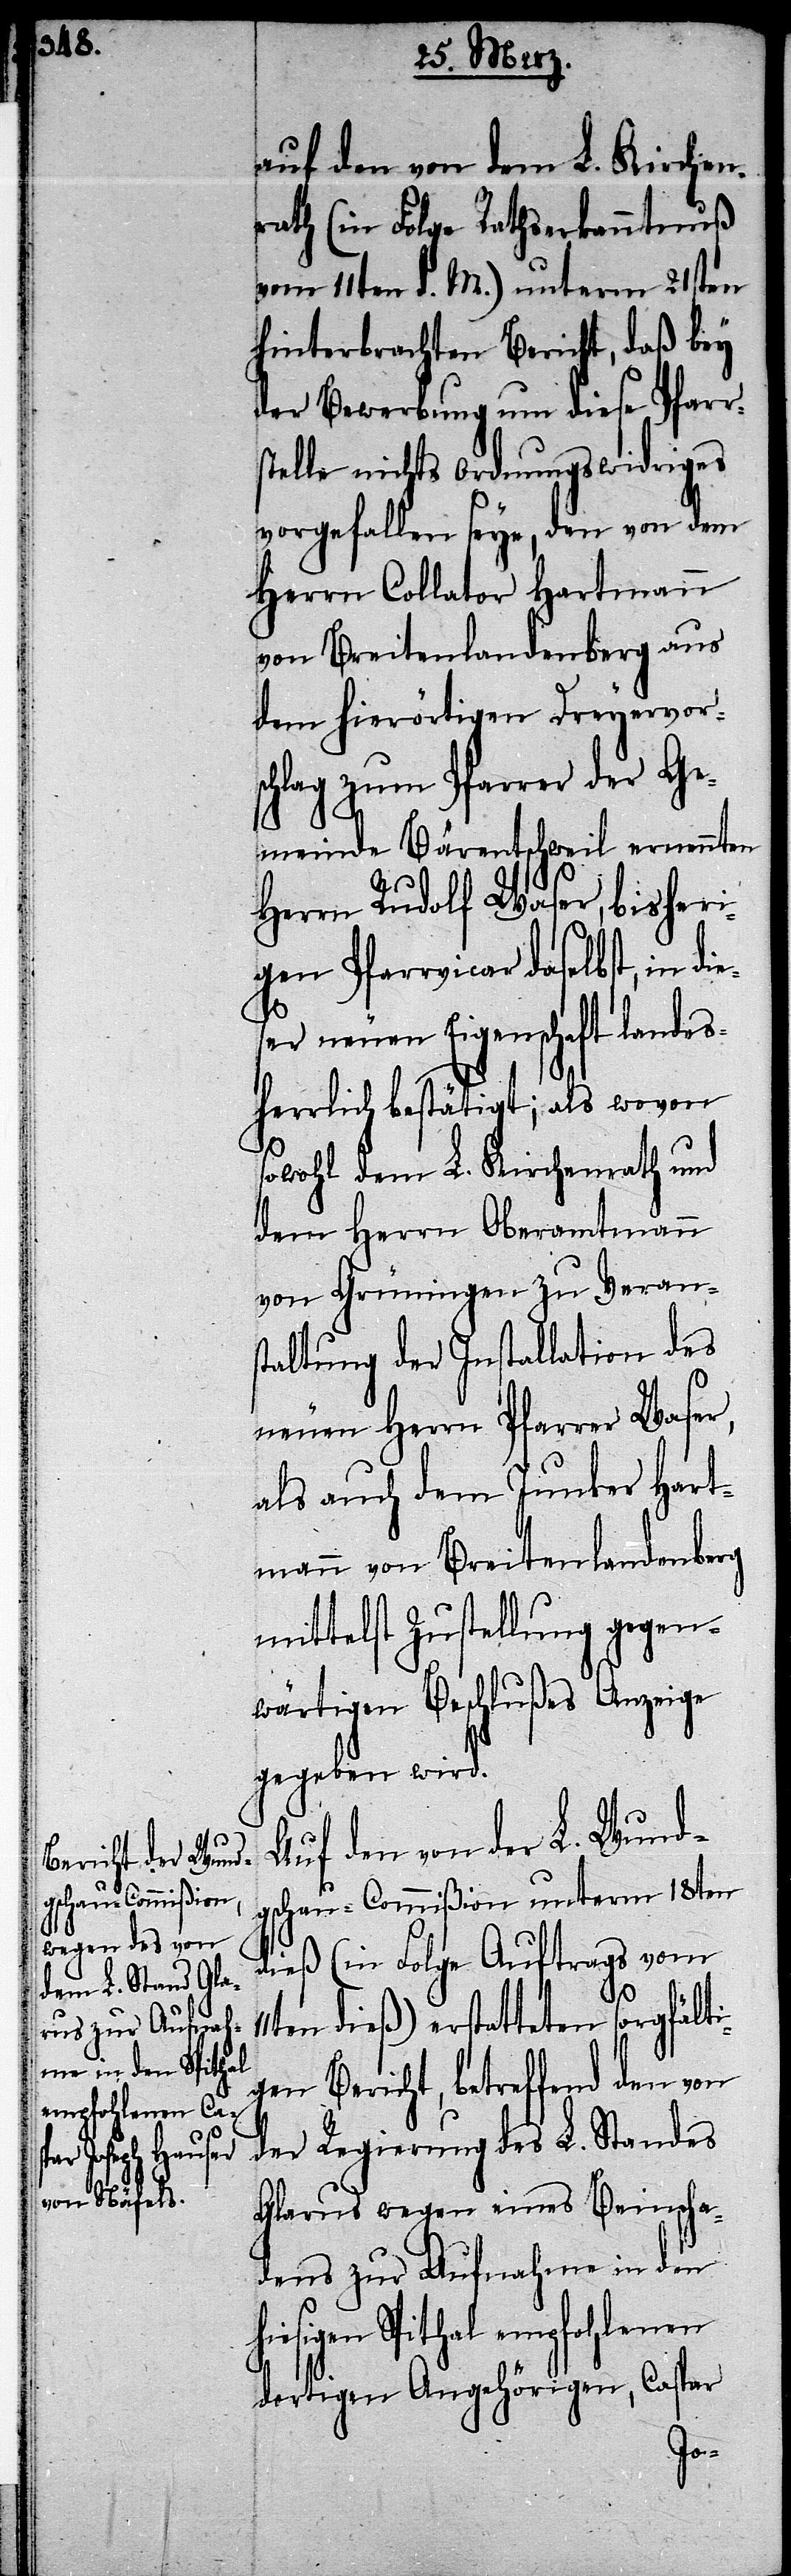
auf den von dem L. Kirchen¬
rath (in Folge Rathserkanntnuß
vom 11ten d. M.) unterm 21sten
hinterbrachten Bericht, daß bey
der Bewerbung um diese Pfarr¬
stelle nichts Ordnungswidriges
vorgefallen seye, den von dem
Herrn Collator Hartmann
von Breitenlandenberg aus
dem hierörtigen Dreyervors¬
chlag zum Pfarrer der Ge¬
meinde Bärentschweil ernennten
Herrn Rudolf Waser, bisheri¬
gen Pfarrvicar daselbst, in
ser neuen Eigenschaft landes¬
herrlich bestätigt; als wovon
sowohl dem L. Kirchenrath und
dem Herrn Oberamtmann
von Grüningen zu Verans¬
taltung der Installation des
neuen Herrn Pfarrer Waser,
als auch dem Junker Hart¬
mann von Breitenlandenberg
mittelst Zustellung gegen¬
wärtigen Beschlußes Anzeige
gegeben wird.
Auf den von der L. Wund¬
gschau-Commißion unterm 18ten
dieß (in Folge Auftrags vom
en dieß) erstatteten sorgfälti¬
gen Bericht, betreffend den von
der Regierung des L. Standes
Glarus wegen eines Beinscha¬
dens zur Aufnahme in den
iesigen Spithal empfohlenen
dortigen Angehörigen, Caspar
h¬